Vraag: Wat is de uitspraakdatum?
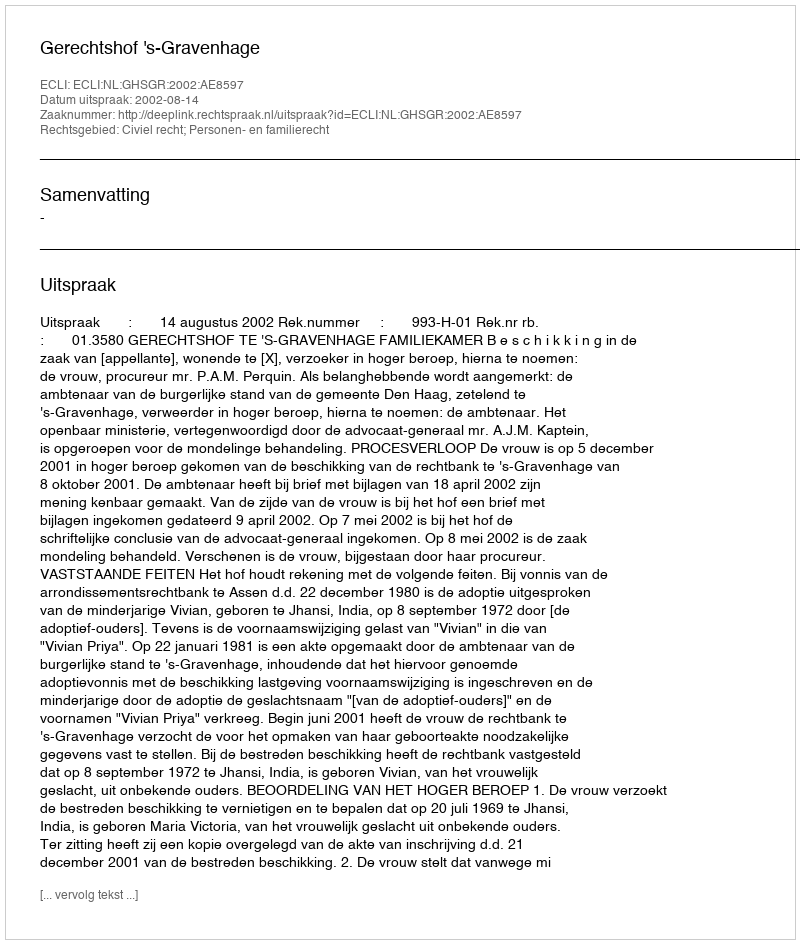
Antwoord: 2002-08-14